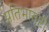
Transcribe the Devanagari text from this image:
प्रतिभासृष्टी